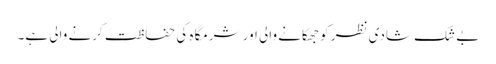
بے شک شادی نظر کو جھکانے والی اور شرمگاہ کی حفاظت کرنے والی ہے۔